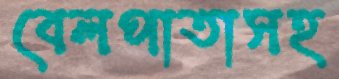
বেলপাতাসহ